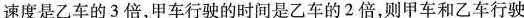
速度是乙车的3倍，甲车行驶的时间是乙车的2倍，则甲车和乙车行驶